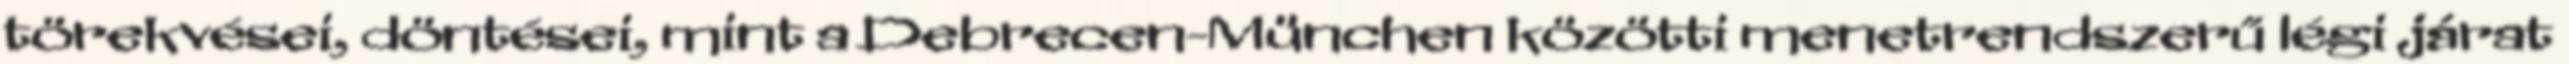
törekvései, döntései, mint a Debrecen-München közötti menetrendszerű légi járat